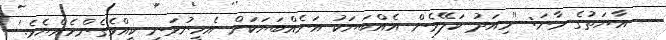
އާޔަތުގެ މާނަ: ''މިއަދު ކަލޭމެން އެއްބަޔަކު އަނެއްބަޔަކަށް އެހީނުވަނީ ކީއްވެގެންހެއްޔެވެ.'